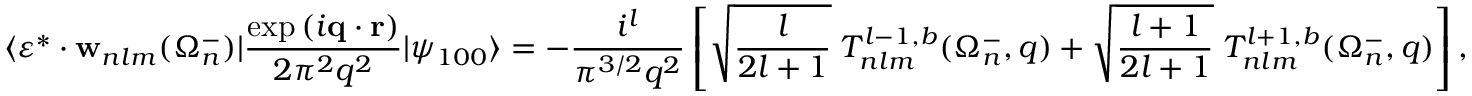
\langle \boldsymbol { \varepsilon } ^ { * } \cdot { \mathbf { w } } _ { n l m } ( \Omega _ { n } ^ { - } ) | \frac { \exp { ( i \mathbf { q } \cdot \mathbf { r } ) } } { 2 \pi ^ { 2 } q ^ { 2 } } | \psi _ { 1 0 0 } \rangle = - \frac { i ^ { l } } { { \pi } ^ { 3 / 2 } q ^ { 2 } } \left[ \sqrt { \frac { l } { 2 l + 1 } } \; { \cal T } _ { n l m } ^ { l - 1 , b } ( \Omega _ { n } ^ { - } , q ) + \sqrt { \frac { l + 1 } { 2 l + 1 } } \; { \cal T } _ { n l m } ^ { l + 1 , b } ( \Omega _ { n } ^ { - } , q ) \right] ,